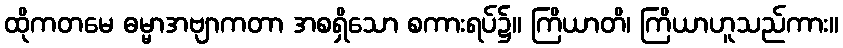
ထိုကတမေ ဓမ္မာအဗျာကတာ အစရှိသော စကားရပ်၌။ ကြိယာတိ၊ ကြိယာဟူသည်ကား။